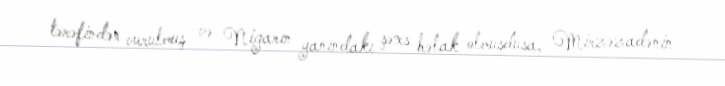
tərəfindən vurulmuş və Nigarın yanındakı şəxs həlak olmuşdusa, Mirzəzadənin